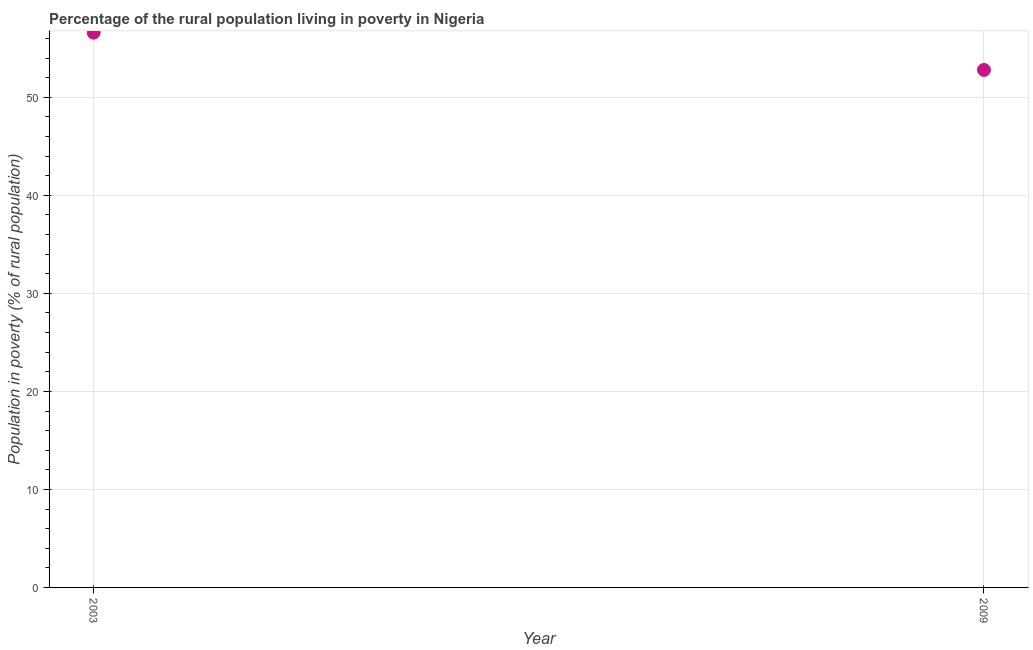
| Year | Rural poverty headcount ratio |
 | --- | --- |
 | 2003 | 56.6 |
 | 2009 | 52.8 |